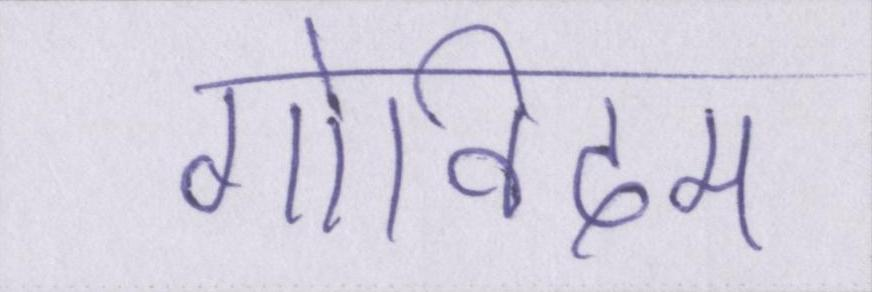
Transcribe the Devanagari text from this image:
गोविंदम